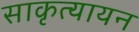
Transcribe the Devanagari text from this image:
साकृत्यायन